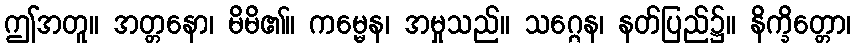
ဤအတူ။ အတ္တနော၊ မိမိ၏။ ကမ္မေန၊ အမှုသည်။ သဂ္ဂေန၊ နတ်ပြည်၌။ နိက္ခိတ္တော၊